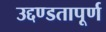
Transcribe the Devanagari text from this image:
उद्दण्डतापूर्ण